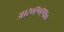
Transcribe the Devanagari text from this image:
आर०ए०एफ०